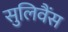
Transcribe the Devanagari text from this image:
सुलिवैंस